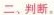
二、判断。